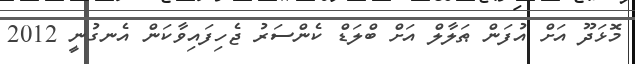
މޮޅަދޫ އަށް އުފަން ޠަލާލް އަށް ބްލަޑް ކެންސަރު ޖެހިފައިވާކަން އެނގުނީ 2012